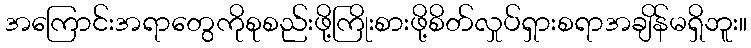
အကြောင်းအရာတွေကိုစုစည်းဖို့ကြိုးစားဖို့စိတ်လှုပ်ရှားစရာအချိန်မရှိဘူး။